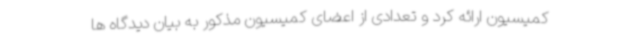
کمیسیون ارائه کرد و تعدادی از اعضای کمیسیون مذکور به بیان دیدگاه ها